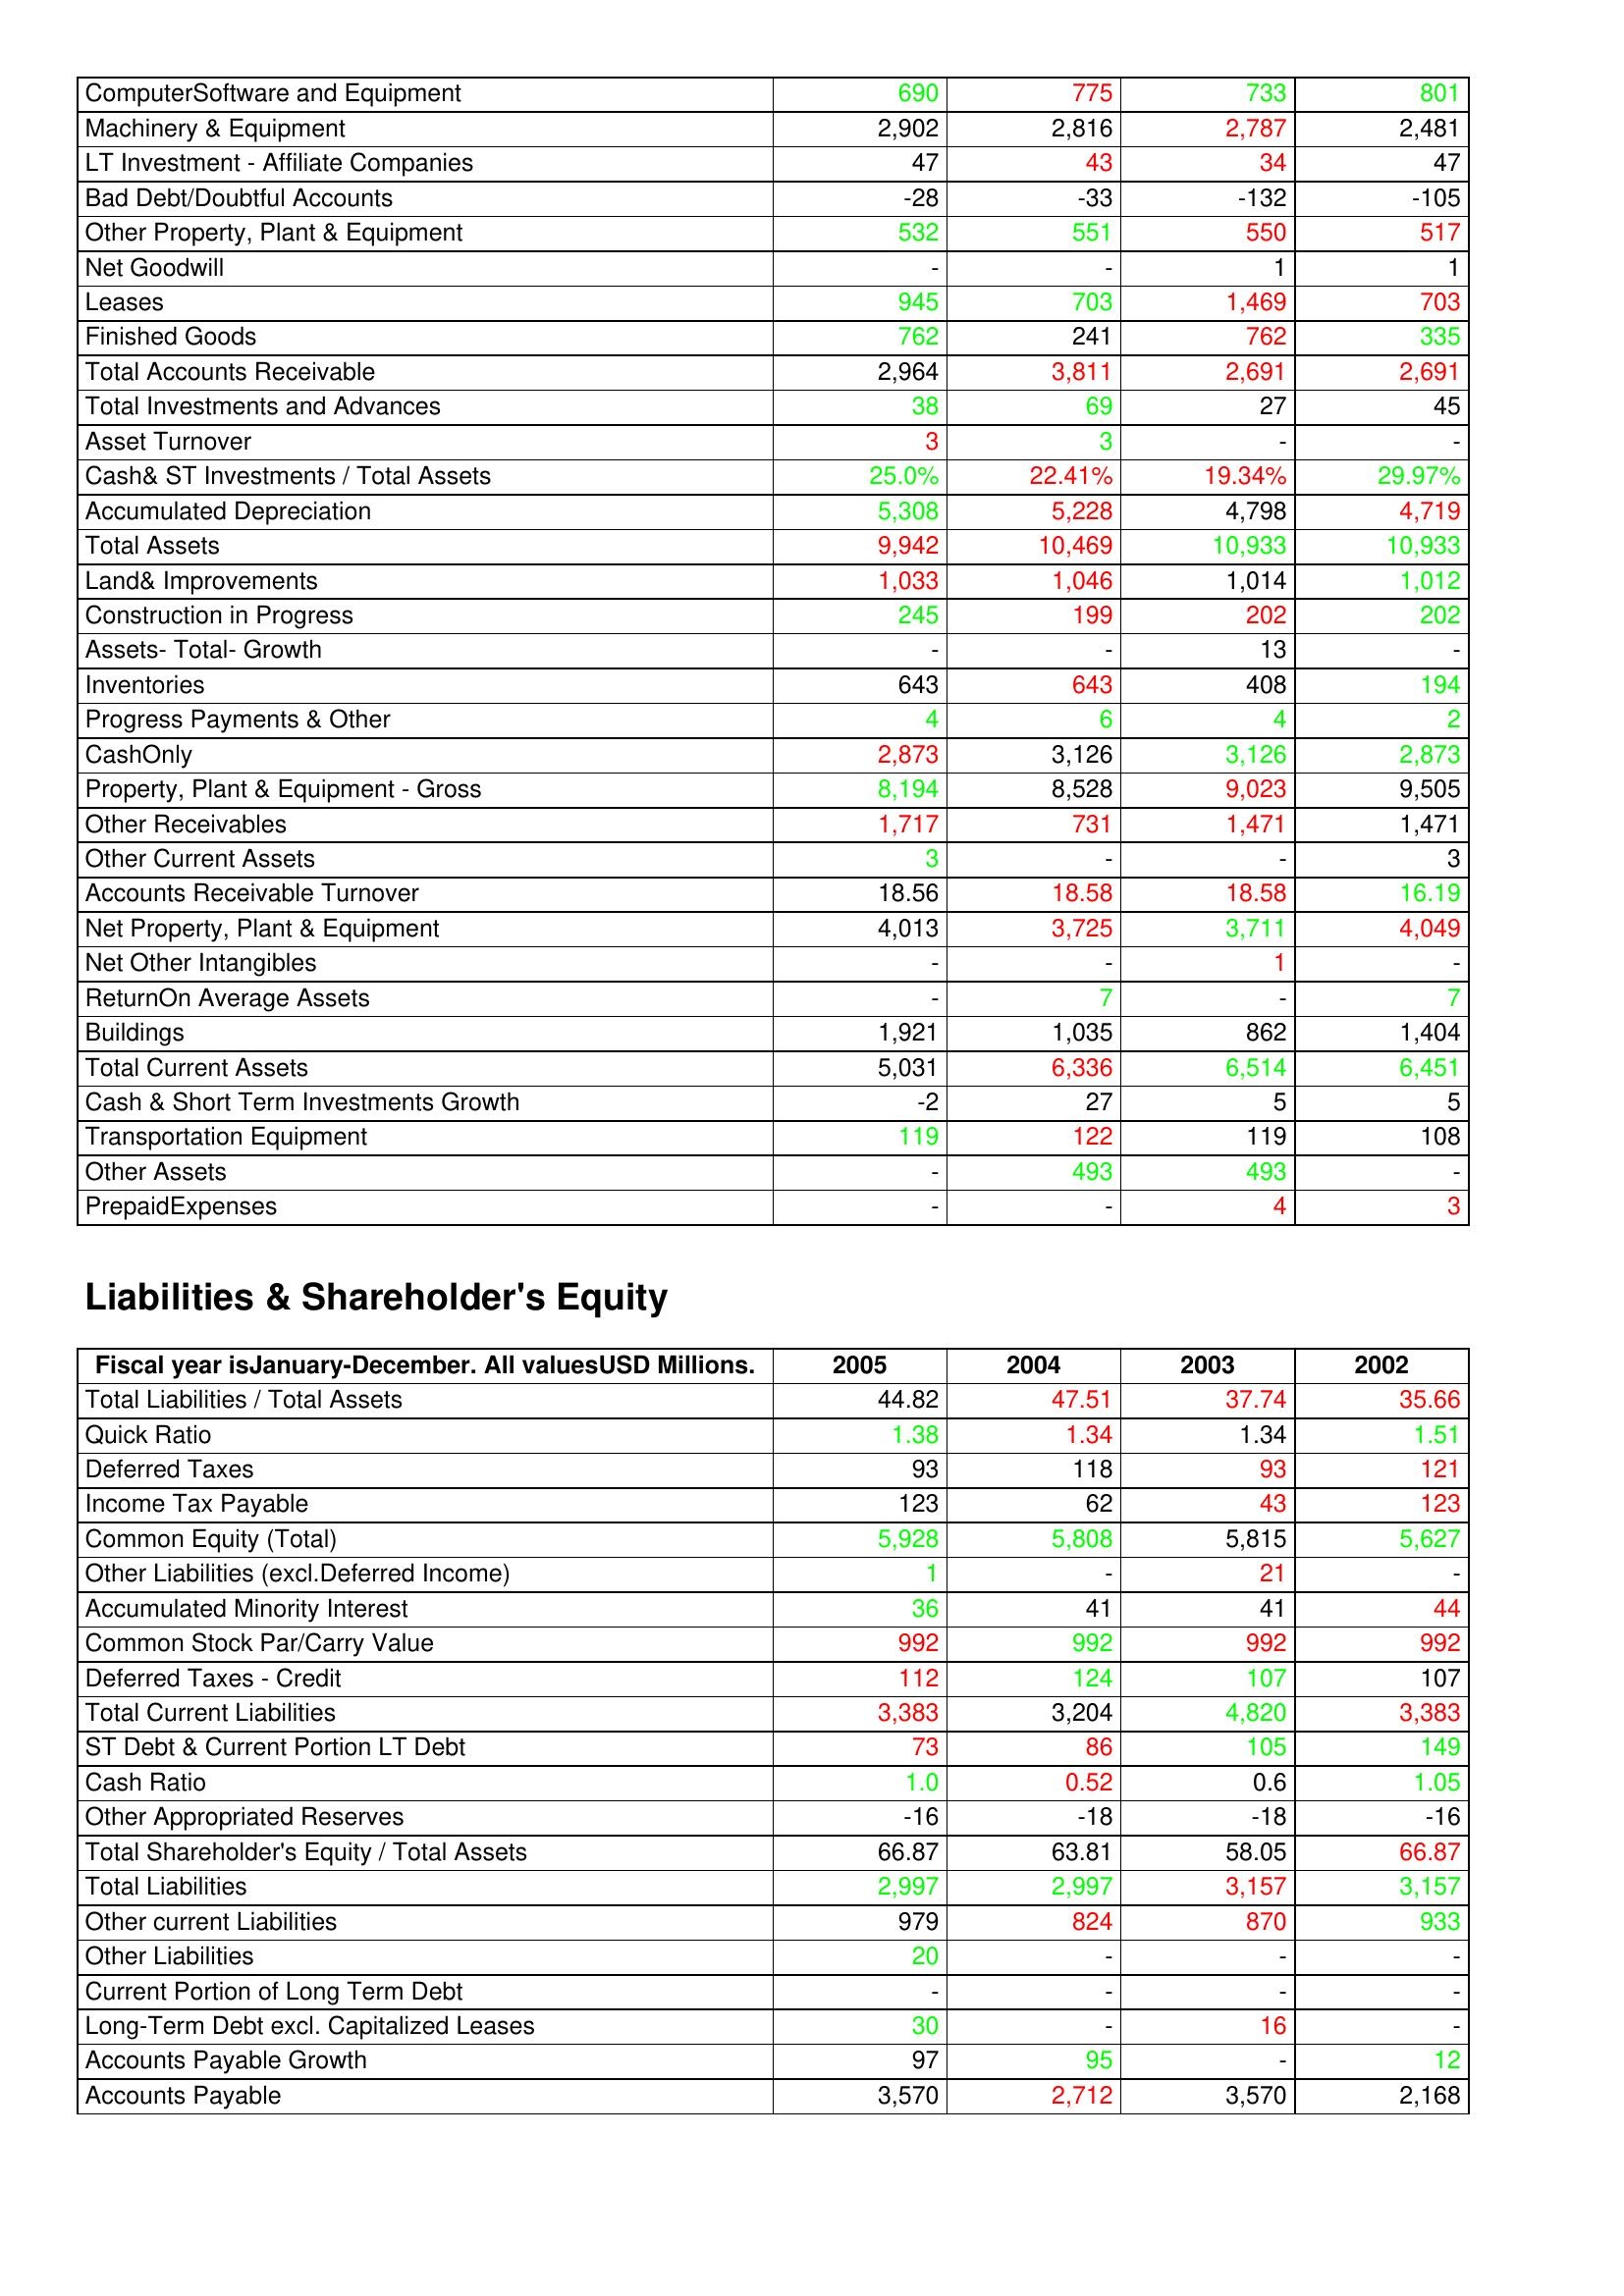
gt_parse: 2005: Assets: ComputerSoftware and Equipment: 690
Machinery & Equipment: 2,902
LT Investment - Affiliate Companies: 47
Bad Debt/Doubtful Accounts: -28
Other Property, Plant & Equipment: 532
Net Goodwill: -
Leases: 945
Finished Goods: 762
Total Accounts Receivable: 2,964
Total Investments and Advances: 38
Asset Turnover: 3
Cash& ST Investments / Total Assets: 25.0%
Accumulated Depreciation: 5,308
Total Assets: 9,942
Land& Improvements: 1,033
Construction in Progress: 245
Assets- Total- Growth: -
Inventories: 643
Progress Payments & Other: 4
CashOnly: 2,873
Property, Plant & Equipment - Gross : 8,194
Other Receivables: 1,717
Other Current Assets: 3
Accounts Receivable Turnover: 18.56
Net Property, Plant & Equipment: 4,013
Net Other Intangibles: -
ReturnOn Average Assets: -
Buildings: 1,921
Total Current Assets: 5,031
Cash & Short Term Investments Growth: -2
Transportation Equipment: 119
Other Assets: -
PrepaidExpenses: -
Liabilities & Shareholder's Equity: Total Liabilities / Total Assets: 44.82
Quick Ratio: 1.38
Deferred Taxes: 93
Income Tax Payable: 123
Common Equity (Total): 5,928
Other Liabilities (excl.Deferred Income): 1
Accumulated Minority Interest: 36
Common Stock Par/Carry Value: 992
Deferred Taxes - Credit: 112
Total Current Liabilities: 3,383
ST Debt & Current Portion LT Debt: 73
Cash Ratio: 1.0
Other Appropriated Reserves: -16
Total Shareholder's Equity / Total Assets: 66.87
Total Liabilities: 2,997
Other current Liabilities: 979
Other Liabilities: 20
Current Portion of Long Term Debt: -
Long-Term Debt excl. Capitalized Leases: 30
Accounts Payable Growth: 97
Accounts Payable: 3,570
2004: Assets: ComputerSoftware and Equipment: 775
Machinery & Equipment: 2,816
LT Investment - Affiliate Companies: 43
Bad Debt/Doubtful Accounts: -33
Other Property, Plant & Equipment: 551
Net Goodwill: -
Leases: 703
Finished Goods: 241
Total Accounts Receivable: 3,811
Total Investments and Advances: 69
Asset Turnover: 3
Cash& ST Investments / Total Assets: 22.41%
Accumulated Depreciation: 5,228
Total Assets: 10,469
Land& Improvements: 1,046
Construction in Progress: 199
Assets- Total- Growth: -
Inventories: 643
Progress Payments & Other: 6
CashOnly: 3,126
Property, Plant & Equipment - Gross : 8,528
Other Receivables: 731
Other Current Assets: -
Accounts Receivable Turnover: 18.58
Net Property, Plant & Equipment: 3,725
Net Other Intangibles: -
ReturnOn Average Assets: 7
Buildings: 1,035
Total Current Assets: 6,336
Cash & Short Term Investments Growth: 27
Transportation Equipment: 122
Other Assets: 493
PrepaidExpenses: -
Liabilities & Shareholder's Equity: Total Liabilities / Total Assets: 47.51
Quick Ratio: 1.34
Deferred Taxes: 118
Income Tax Payable: 62
Common Equity (Total): 5,808
Other Liabilities (excl.Deferred Income): -
Accumulated Minority Interest: 41
Common Stock Par/Carry Value: 992
Deferred Taxes - Credit: 124
Total Current Liabilities: 3,204
ST Debt & Current Portion LT Debt: 86
Cash Ratio: 0.52
Other Appropriated Reserves: -18
Total Shareholder's Equity / Total Assets: 63.81
Total Liabilities: 2,997
Other current Liabilities: 824
Other Liabilities: -
Current Portion of Long Term Debt: -
Long-Term Debt excl. Capitalized Leases: -
Accounts Payable Growth: 95
Accounts Payable: 2,712
2003: Assets: ComputerSoftware and Equipment: 733
Machinery & Equipment: 2,787
LT Investment - Affiliate Companies: 34
Bad Debt/Doubtful Accounts: -132
Other Property, Plant & Equipment: 550
Net Goodwill: 1
Leases: 1,469
Finished Goods: 762
Total Accounts Receivable: 2,691
Total Investments and Advances: 27
Asset Turnover: -
Cash& ST Investments / Total Assets: 19.34%
Accumulated Depreciation: 4,798
Total Assets: 10,933
Land& Improvements: 1,014
Construction in Progress: 202
Assets- Total- Growth: 13
Inventories: 408
Progress Payments & Other: 4
CashOnly: 3,126
Property, Plant & Equipment - Gross : 9,023
Other Receivables: 1,471
Other Current Assets: -
Accounts Receivable Turnover: 18.58
Net Property, Plant & Equipment: 3,711
Net Other Intangibles: 1
ReturnOn Average Assets: -
Buildings: 862
Total Current Assets: 6,514
Cash & Short Term Investments Growth: 5
Transportation Equipment: 119
Other Assets: 493
PrepaidExpenses: 4
Liabilities & Shareholder's Equity: Total Liabilities / Total Assets: 37.74
Quick Ratio: 1.34
Deferred Taxes: 93
Income Tax Payable: 43
Common Equity (Total): 5,815
Other Liabilities (excl.Deferred Income): 21
Accumulated Minority Interest: 41
Common Stock Par/Carry Value: 992
Deferred Taxes - Credit: 107
Total Current Liabilities: 4,820
ST Debt & Current Portion LT Debt: 105
Cash Ratio: 0.6
Other Appropriated Reserves: -18
Total Shareholder's Equity / Total Assets: 58.05
Total Liabilities: 3,157
Other current Liabilities: 870
Other Liabilities: -
Current Portion of Long Term Debt: -
Long-Term Debt excl. Capitalized Leases: 16
Accounts Payable Growth: -
Accounts Payable: 3,570
2002: Assets: ComputerSoftware and Equipment: 801
Machinery & Equipment: 2,481
LT Investment - Affiliate Companies: 47
Bad Debt/Doubtful Accounts: -105
Other Property, Plant & Equipment: 517
Net Goodwill: 1
Leases: 703
Finished Goods: 335
Total Accounts Receivable: 2,691
Total Investments and Advances: 45
Asset Turnover: -
Cash& ST Investments / Total Assets: 29.97%
Accumulated Depreciation: 4,719
Total Assets: 10,933
Land& Improvements: 1,012
Construction in Progress: 202
Assets- Total- Growth: -
Inventories: 194
Progress Payments & Other: 2
CashOnly: 2,873
Property, Plant & Equipment - Gross : 9,505
Other Receivables: 1,471
Other Current Assets: 3
Accounts Receivable Turnover: 16.19
Net Property, Plant & Equipment: 4,049
Net Other Intangibles: -
ReturnOn Average Assets: 7
Buildings: 1,404
Total Current Assets: 6,451
Cash & Short Term Investments Growth: 5
Transportation Equipment: 108
Other Assets: -
PrepaidExpenses: 3
Liabilities & Shareholder's Equity: Total Liabilities / Total Assets: 35.66
Quick Ratio: 1.51
Deferred Taxes: 121
Income Tax Payable: 123
Common Equity (Total): 5,627
Other Liabilities (excl.Deferred Income): -
Accumulated Minority Interest: 44
Common Stock Par/Carry Value: 992
Deferred Taxes - Credit: 107
Total Current Liabilities: 3,383
ST Debt & Current Portion LT Debt: 149
Cash Ratio: 1.05
Other Appropriated Reserves: -16
Total Shareholder's Equity / Total Assets: 66.87
Total Liabilities: 3,157
Other current Liabilities: 933
Other Liabilities: -
Current Portion of Long Term Debt: -
Long-Term Debt excl. Capitalized Leases: -
Accounts Payable Growth: 12
Accounts Payable: 2,168